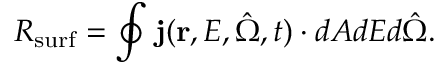
R _ { \mathrm { s u r f } } = \oint \mathbf { j } ( \mathbf { r } , E , \hat { \Omega } , t ) \cdot d A d E d \hat { \Omega } .